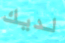
لديك